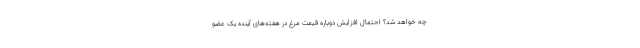
چه خواهد شد؟ احتمال افزایش دوباره قیمت مرغ در هفته‌های آینده یک عضو